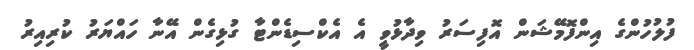
ފުލުހުންގެ އިންފޮމޭޝަން އޮފިސަރު ވިދާޅުވީ އެ އެކްސިޑެންޓާ ގުޅިގެން އޭނާ ހައްޔަރު ކުރިއިރު